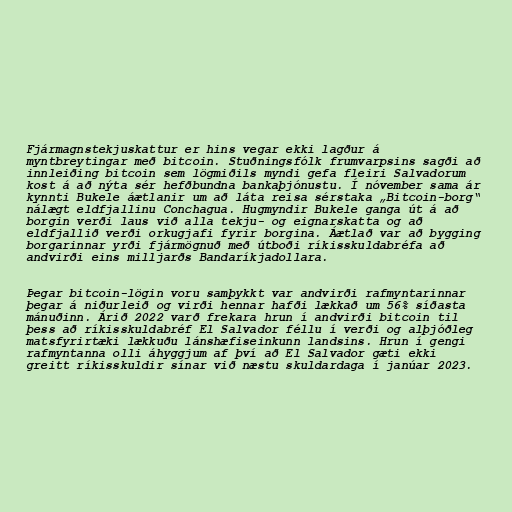
Fjármagnstekjuskattur er hins vegar ekki lagður á
myntbreytingar með bitcoin. Stuðningsfólk frumvarpsins sagði að
innleiðing bitcoin sem lögmiðils myndi gefa fleiri Salvadorum
kost á að nýta sér hefðbundna bankaþjónustu. Í nóvember sama ár
kynnti Bukele áætlanir um að láta reisa sérstaka „Bitcoin-borg“
nálægt eldfjallinu Conchagua. Hugmyndir Bukele ganga út á að
borgin verði laus við alla tekju- og eignarskatta og að
eldfjallið verði orkugjafi fyrir borgina. Áætlað var að bygging
borgarinnar yrði fjármögnuð með útboði ríkisskuldabréfa að
andvirði eins milljarðs Bandaríkjadollara.

Þegar bitcoin-lögin voru samþykkt var andvirði rafmyntarinnar
þegar á niðurleið og virði hennar hafði lækkað um 56% síðasta
mánuðinn. Árið 2022 varð frekara hrun í andvirði bitcoin til
þess að ríkisskuldabréf El Salvador féllu í verði og alþjóðleg
matsfyrirtæki lækkuðu lánshæfiseinkunn landsins. Hrun í gengi
rafmyntanna olli áhyggjum af því að El Salvador gæti ekki
greitt ríkisskuldir sínar við næstu skuldardaga í janúar 2023.